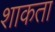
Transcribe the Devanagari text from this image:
शाकता